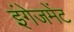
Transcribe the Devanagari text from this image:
इंगेजमेंट